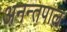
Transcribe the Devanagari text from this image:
अनन्तपाल